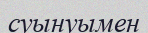
суынуымен